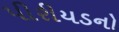
પીરીયડનો